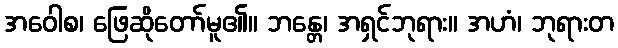
အဝေါစ၊ ဖြေဆိုတော်မူ၏။ ဘန္တေ၊ အရှင်ဘုရား။ အဟံ၊ ဘုရားတ